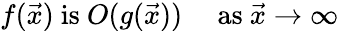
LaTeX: f({\vec{x}}){\mathrm{~is~}}O(g({\vec{x}}))\quad{\mathrm{~as~}}{\vec{x}}\to\infty